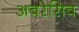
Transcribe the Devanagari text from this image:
अबरेसिव